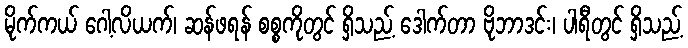
မိုက်ကယ် ဂေါ့လိယက်၊ ဆန်ဖရန် စစ္စကိုတွင် ရှိသည့် ဒေါက်တာ ဗိုဘာဒင်း၊ ပါရီတွင် ရှိသည့်